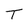
Character: T